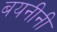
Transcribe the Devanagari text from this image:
बयनीनी